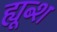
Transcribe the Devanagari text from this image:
ह्यूब्श